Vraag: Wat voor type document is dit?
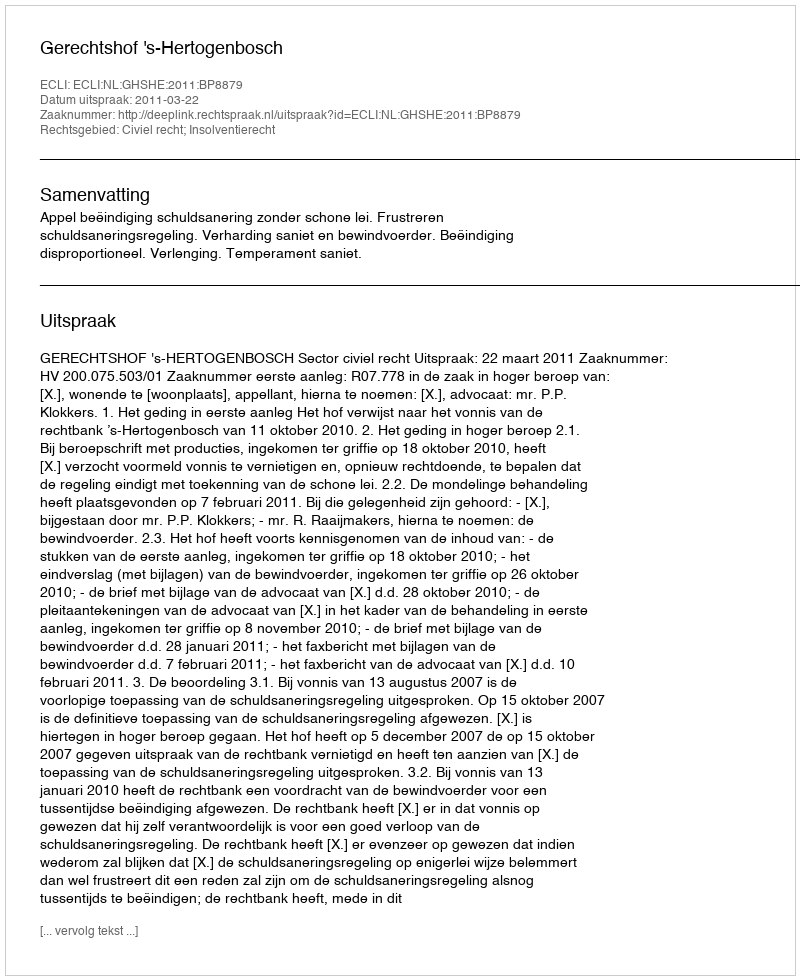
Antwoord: Uitspraak